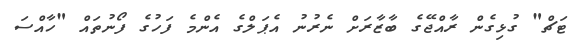
ޓަޗް" ގުޅިގެން ރާއްޖޭގެ ބާޒާރަށް ނެރުނު އެޕަލްގެ އެންމެ ފަހުގެ ފޯނުތައް "ހާއްސަ